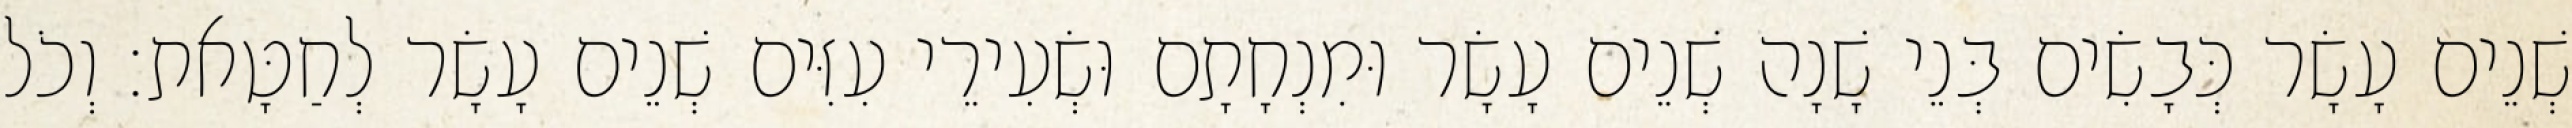
שְׁנֵים עָשָׂר כְּבָשִׂים בְּנֵי שָׁנָה שְׁנֵים עָשָׂר וּמִנְחָתָם וּשְׂעִירֵי עִזִּים שְׁנֵים עָשָׂר לְחַטָּאת׃ וְכֹל